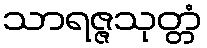
သာရဇ္ဇသုတ္တံ